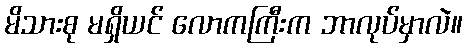
မိသားစု မရှိယင် လောကကြီးက ဘာလုပ်မှာလဲ။